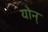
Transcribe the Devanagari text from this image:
योन्